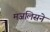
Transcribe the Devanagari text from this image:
मजलिसने